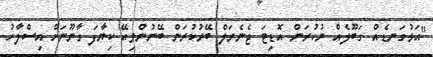
"އަޅުގަނޑެއް ގަބޫލެއް ނުކުރަން އޮޑިޓަ ޖެނެރަލް ބޭރުކުރަން ބޭނުންވިއޭ ކިޔާފަ ގާނޫނަށް އިސްލާހު